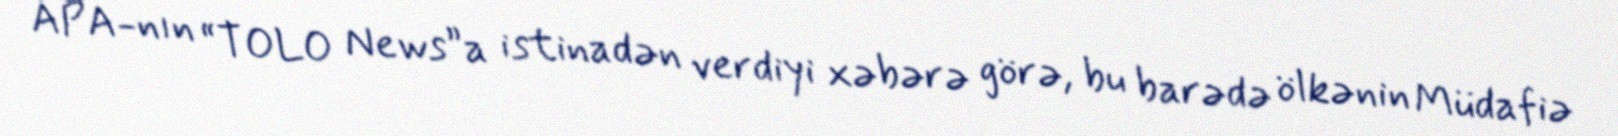
APA-nın “TOLO News”a istinadən verdiyi xəbərə görə, bu barədə ölkənin Müdafiə